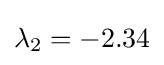
\lambda _{2}=-2.34